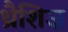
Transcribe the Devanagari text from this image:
थ्रैशिज़